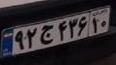
۹۲ج۴۳۶۱۰